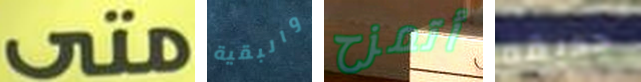
متى والبقية أتمزح حديقه